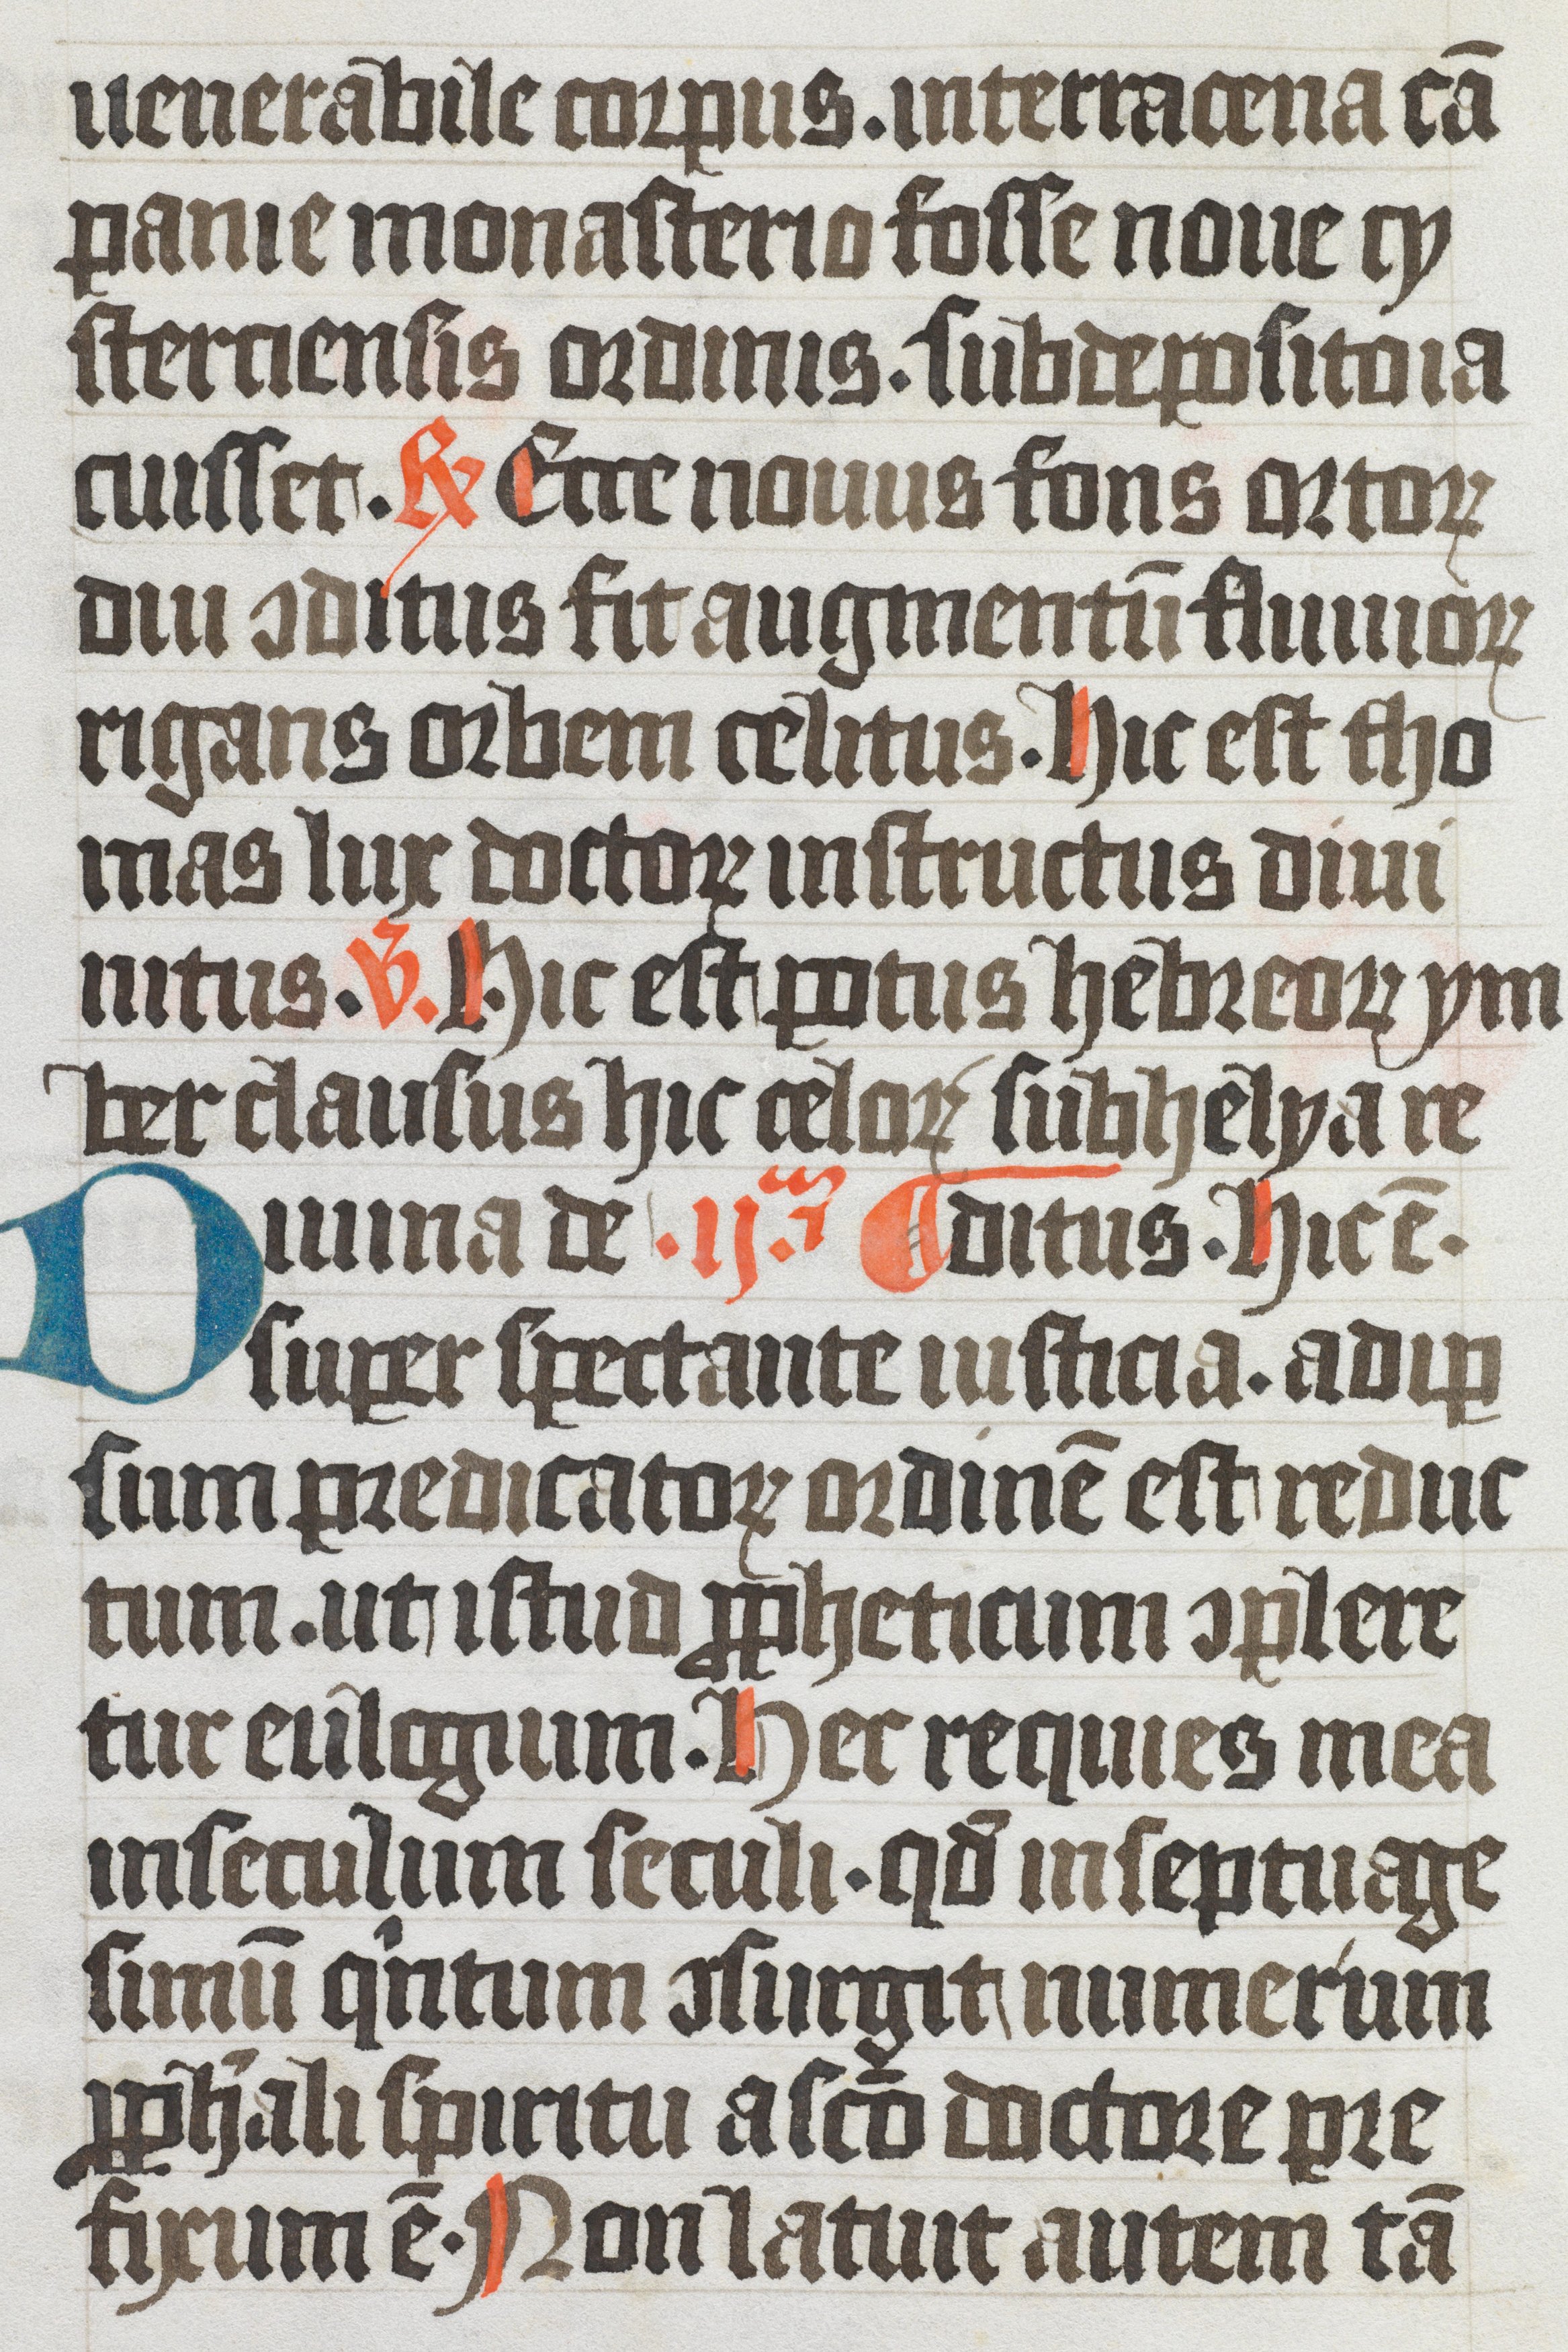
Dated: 1350–1399